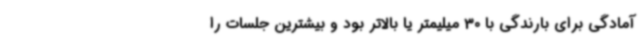
آمادگی برای بارندگی با 30 میلیمتر یا بالاتر بود و بیشترین جلسات را